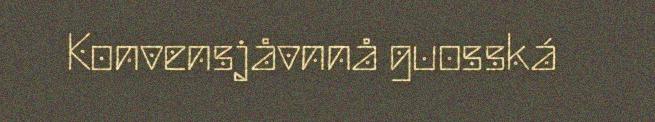
Konvensjåvnnå guosská